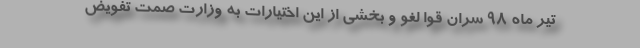
تیر ماه ۹۸ سران قوا لغو و بخشی از این اختیارات به وزارت صمت تفویض